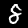
Label: 8